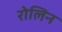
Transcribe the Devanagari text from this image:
रोलिन